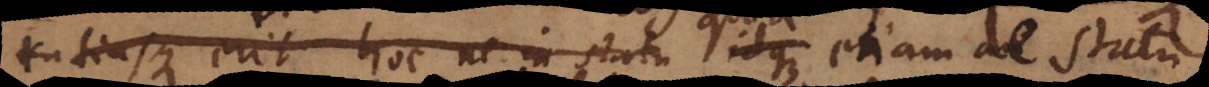
tutiusque erit hoc ne in statu idque etiam de statu